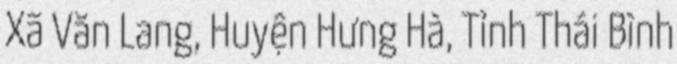
Xã Văn Lang, Huyện Hưng Hà, Tỉnh Thái Bình